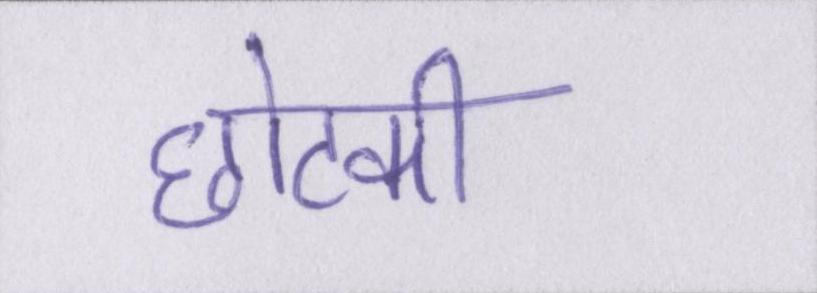
छोटकी